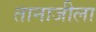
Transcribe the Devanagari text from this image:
तानाजीला